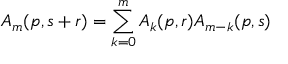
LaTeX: A _ { m } ( p , s + r ) = \sum _ { k = 0 } ^ { m } A _ { k } ( p , r ) A _ { m - k } ( p , s )